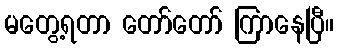
မတွေ့ရတာ တော်တော် ကြာနေပြီ။